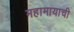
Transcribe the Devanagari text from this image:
महामायाची